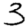
Digit: 3